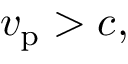
v _ { \mathrm { p } } > c ,